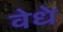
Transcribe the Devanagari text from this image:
वेधे